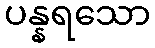
ပန္နရသော